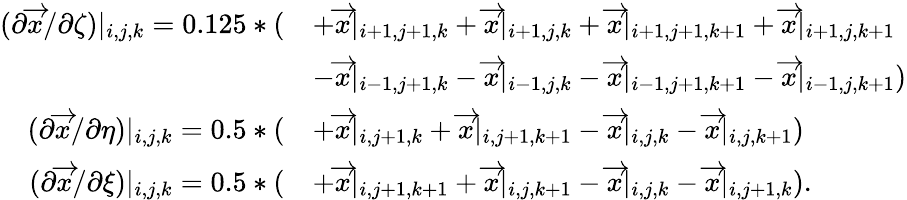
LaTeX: \begin{array}{rl}{(\partial\overrightarrow{x}/\partial\zeta)|_{i,j,k}=0.125*(}&{+\overrightarrow{x}|_{i+1,j+1,k}+\overrightarrow{x}|_{i+1,j,k}+\overrightarrow{x}|_{i+1,j+1,k+1}+\overrightarrow{x}|_{i+1,j,k+1}}\\ &{-\overrightarrow{x}|_{i-1,j+1,k}-\overrightarrow{x}|_{i-1,j,k}-\overrightarrow{x}|_{i-1,j+1,k+1}-\overrightarrow{x}|_{i-1,j,k+1})}\\ {(\partial\overrightarrow{x}/\partial\eta)|_{i,j,k}=0.5*(}&{+\overrightarrow{x}|_{i,j+1,k}+\overrightarrow{x}|_{i,j+1,k+1}-\overrightarrow{x}|_{i,j,k}-\overrightarrow{x}|_{i,j,k+1})}\\ {(\partial\overrightarrow{x}/\partial\xi)|_{i,j,k}=0.5*(}&{+\overrightarrow{x}|_{i,j+1,k+1}+\overrightarrow{x}|_{i,j,k+1}-\overrightarrow{x}|_{i,j,k}-\overrightarrow{x}|_{i,j+1,k}).}\end{array}